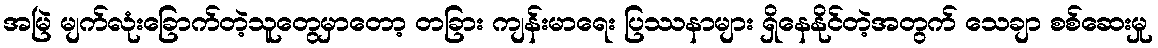
အမြဲ မျက်လုံးခြောက်တဲ့သူတွေမှာတော့ တခြား ကျန်းမာရေး ပြဿနာများ ရှိနေနိုင်တဲ့အတွက် သေချာ စစ်ဆေးမှု